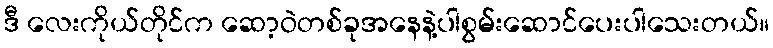
ဒီ လေးကိုယ်တိုင်က ဆော့ဝဲတစ်ခုအနေနဲ့ပါစွမ်းဆောင်ပေးပါသေးတယ်။